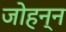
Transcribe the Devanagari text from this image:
जोहन्न